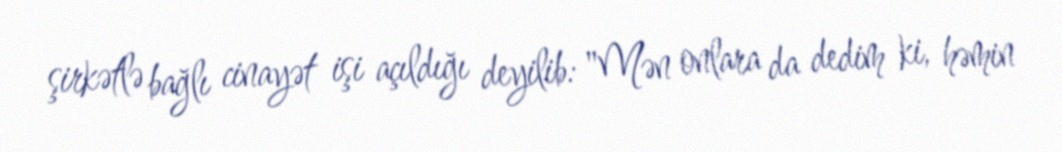
şirkətlə bağlı cinayət işi açıldığı deyilib: "Mən onlara da dedim ki, həmin